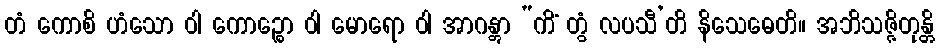
တံ ကောစိ ဟံသော ဝါ ကောဉ္စော ဝါ မောရော ဝါ အာဂန္တွာ “ကိံ တွံ လပသီ’တိ နိသေဓေတိ။ အဘိသဇ္ဇိတုန္တိ